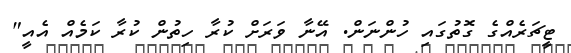
ޓީޗަރެއްގެ ގޮތުގައި ހުންނަން. އޭނާ ވަރަށް ކުރާ ހިތުން ކުރާ ކަމެއް އެއީ"